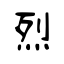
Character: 烈